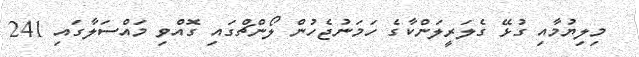
މިލިޔުމާއި ގުޅޭ ގެލަރީލަންކާގެ ހަމަނުޖެހުން ލޯންޗްގައި ގޮއްވި މައްސަލާގައި 241